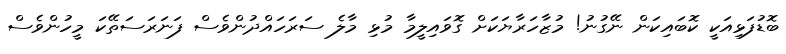
ބޮޑުފަޅިއަކީ ކޮބައިކަން ނޭގުނު! މުޒާހަރާޔަކަށް ގޮވައިލީމާ މުޅި މާލެ ސަރަހައްދުންވެސް ފަނަރަސަތޭކަ މީހުންވެސް